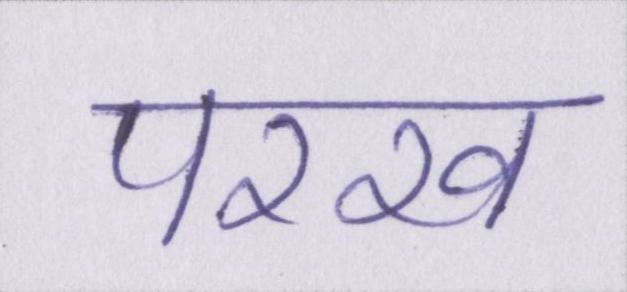
परख